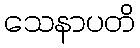
သေနာပတိ